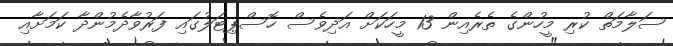
ސަލާމަތް ކުރި މީހުންގެ ތެރެއިން 13 މީހަކަށް އަދިވެސް ހޮސްޕިޓަލުގައި ފަރުވާދެމުންދާ ކަމަށާއި